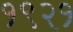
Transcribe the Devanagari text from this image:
१९२१़